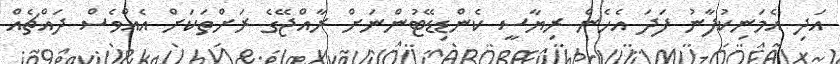
އަދި އެމަނިކުފާނު ފަދަ އެހެން ރިޔާސީ ކެންޑިޑޭޓުންނަށް ރާއްޖޭގެ ރަށްތަކަށް އެއްވެސް ދައްޗެއް